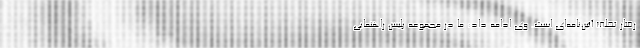
رفتار تخلف آئین‌نامه‌ای است. وی ادامه داد: ما در مجموعه پلیس راهنمایی